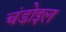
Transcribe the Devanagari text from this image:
चंडोइल